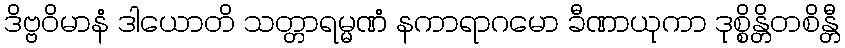
ဒိဗ္ဗဝိမာနံ ဒါယောတိ သတ္တာရမ္မဏံ နကာရာဂမော ခီဏာယုကာ ဒုစ္စိန္တိတစိန္တီ